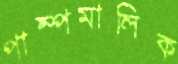
পাম্পমালিক